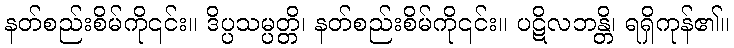
နတ်စည်းစိမ်ကို၎င်း။ ဒိပ္ပသမ္ပတ္တိ၊ နတ်စည်းစိမ်ကို၎င်း။ ပဋိလဘန္တိ၊ ရရှိကုန်၏။